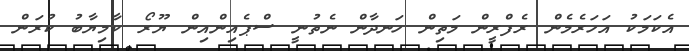
އެކަމަކު އަހަރެމެން ރެފްރީން މަތިން ހަނދާން ނެތުނީ ސްޕެއިންއިން ޔޫރޯ ކާމިޔާބު ކުރަން